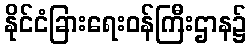
နိုင်ငံခြားရေးဝန်ကြီးဌာန၌